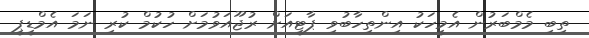
ތިބި މެމްބަރުން އެމީހަކު އިންތިހާބުވި ޕާޓީއަށް ރުޖޫއަވުމަށް ހުކުމް ކުރި ނަމަ އެމްޑީޕީ